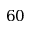
6 0